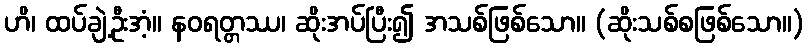
ဟိ၊ ထပ်ချဲ့ဦးအံ့။ နဝရတ္တဿ၊ ဆိုးအပ်ပြီး၍ အသစ်ဖြစ်သော။ (ဆိုးသစ်စဖြစ်သော။)